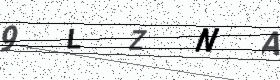
Text: 9LZNA